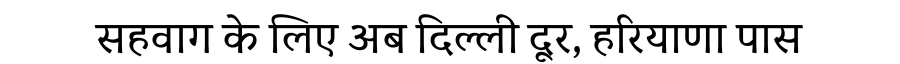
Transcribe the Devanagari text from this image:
सहवाग के लिए अब दिल्ली दूर, हरियाणा पास